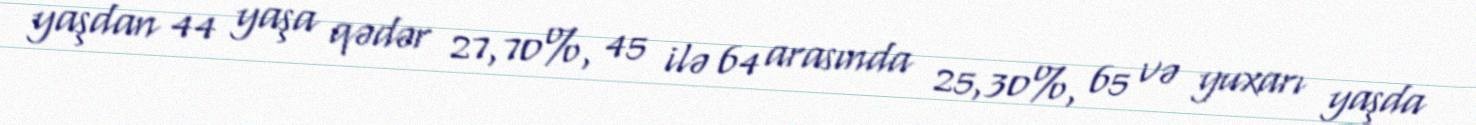
yaşdan 44 yaşa qədər 27,70%, 45 ilə 64 arasında 25,30%, 65 və yuxarı yaşda